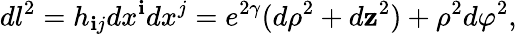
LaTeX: dl^{2}=h_{\mathbf{i}j}dx^{\mathbf{i}}dx^{j}=e^{2\gamma}(d\rho^{2}+d\mathbf{z}^{2})+\rho^{2}d\varphi^{2},